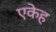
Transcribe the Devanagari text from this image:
एकेह